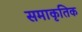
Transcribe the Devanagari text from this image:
समाकृतिक